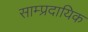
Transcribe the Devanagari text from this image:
साम्‍प्रदायिक